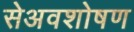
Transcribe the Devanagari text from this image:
सेअवशोषण